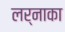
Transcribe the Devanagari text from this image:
लर्नाका